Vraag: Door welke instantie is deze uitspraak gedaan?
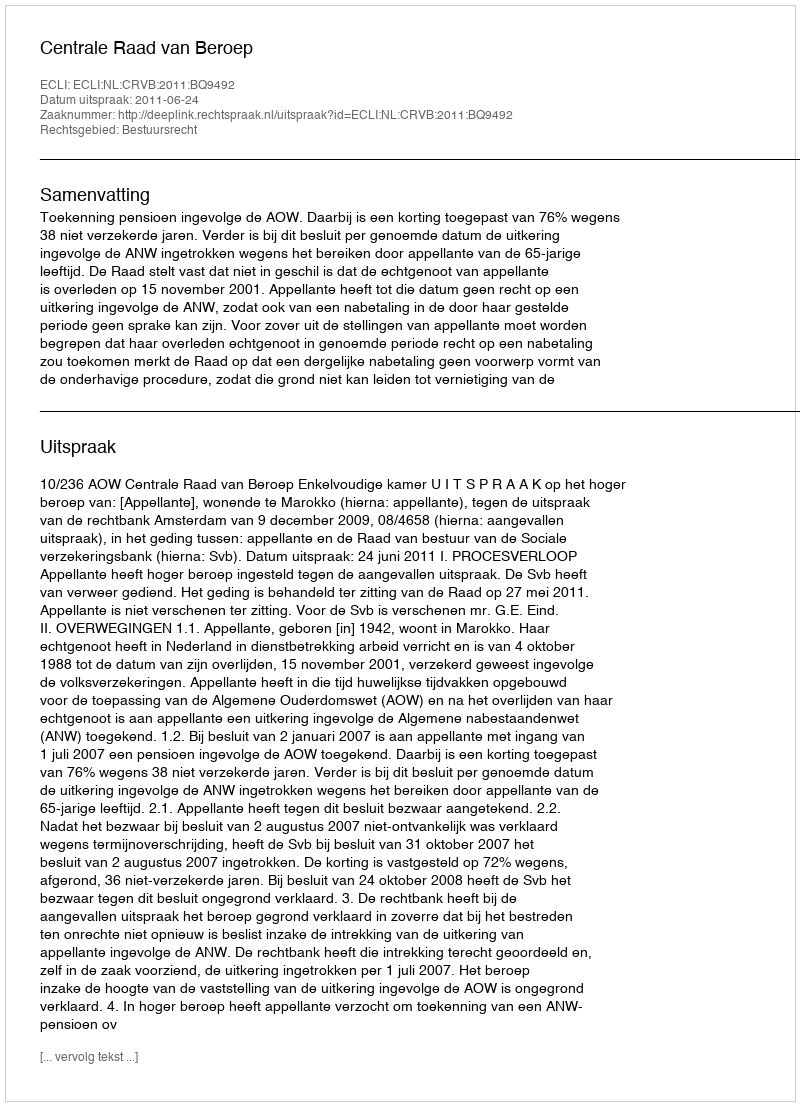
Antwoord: Centrale Raad van Beroep